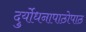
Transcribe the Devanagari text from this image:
दुर्योधनापाठोपाठ